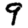
Digit: 9